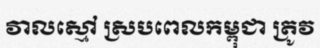
វាលស្មៅ ស្របពេលកម្ពុជា ត្រូវ